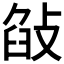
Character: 𢽣